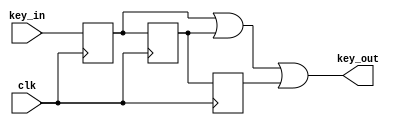
`timescale 1ns / 1ps
//////////////////////////////////////////////////////////////////////////////////
// Company: 
// Engineer: 
// 
// Design Name: 
// Module Name: KeyDown
// Project Name: 
// Target Devices: 
// Tool Versions: 
// Description: 
// 
// Dependencies: 
// 
// Revision:
// Revision 0.01 - File Created
// Additional Comments:
// 
//////////////////////////////////////////////////////////////////////////////////


module KeyDown(clk, key_in, key_out);    
    input clk;
    input key_in;
    output key_out;
    
    reg dout1, dout2, dout3;
    
    assign key_out = dout1 | dout2 | dout3;
    
    always@(posedge clk) begin
        dout1<=key_in;
        dout2<=dout1;
        dout3<=dout2;
    end
    
endmodule